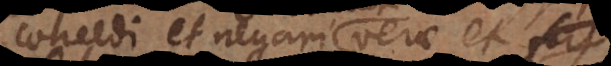
concedi et negari verae et